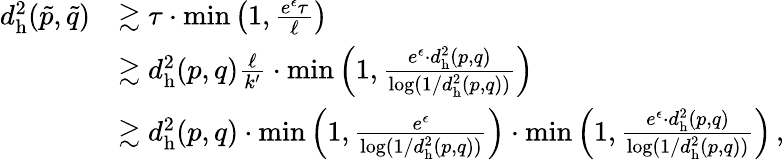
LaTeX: \begin{array}{rl}{d_{\mathrm{h}}^{2}(\tilde{p},\tilde{q})}&{\gtrsim\tau\cdot\operatorname*{min}\left(1,\frac{e^{\epsilon}\tau}{\ell}\right)}\\ &{\gtrsim d_{\mathrm{h}}^{2}(p,q)\frac{\ell}{k^{\prime}}\cdot\operatorname*{min}\left(1,\frac{e^{\epsilon}\cdot d_{\mathrm{h}}^{2}(p,q)}{\log(1/d_{\mathrm{h}}^{2}(p,q))}\right)}\\ &{\gtrsim d_{\mathrm{h}}^{2}(p,q)\cdot\operatorname*{min}\left(1,\frac{e^{\epsilon}}{\log(1/d_{\mathrm{h}}^{2}(p,q))}\right)\cdot\operatorname*{min}\left(1,\frac{e^{\epsilon}\cdot d_{\mathrm{h}}^{2}(p,q)}{\log(1/d_{\mathrm{h}}^{2}(p,q))}\right)\, ,}\end{array}